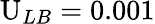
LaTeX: \mathrm{U}_{LB}=0.001